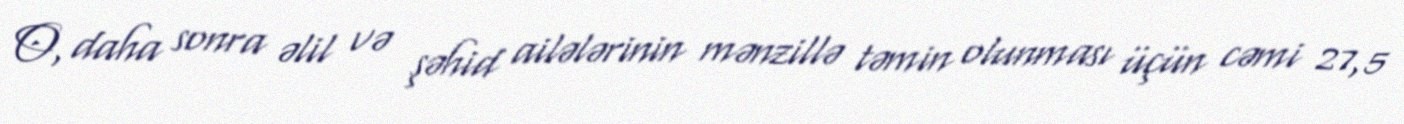
O, daha sonra əlil və şəhid ailələrinin mənzillə təmin olunması üçün cəmi 27,5